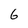
Character: 6